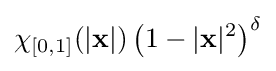
\chi _{[0,1]}(|\mathbf {x} |)\left(1-|\mathbf {x} |^{2}\right)^{\delta }